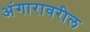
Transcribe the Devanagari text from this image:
अंगारावरील